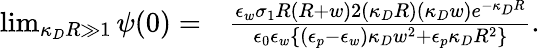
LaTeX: \begin{array}{rl}{\operatorname*{lim}_{\kappa_{D}R\gg 1}\psi(0)=}&{\frac{\epsilon_{w}\sigma_{1}R\left(R+w\right)2(\kappa_{D}R)(\kappa_{D}w)e^{-\kappa_{D}R}}{\epsilon_{0}\epsilon_{w}\{ (\epsilon_{p}-\epsilon_{w})\kappa_{D}w^{2}+\epsilon_{p}\kappa_{D}R^{2}\} }.}\end{array}